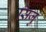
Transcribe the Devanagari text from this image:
सिजु